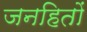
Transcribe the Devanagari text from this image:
जनहितों